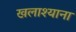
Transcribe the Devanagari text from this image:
खलाश्याना